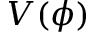
V ( \phi )